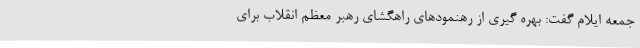
جمعه ایلام گفت: بهره گیری از رهنمودهای راهگشای رهبر معظم انقلاب برای